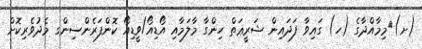
(ށ)	މިމާއްދާގެ (ހ) ގައިވާ ފަދައިން ޝަރީޢަތް ހިންގާ މާލަމާއި އޯޑިއޯ/ވީޑިއޯ ކޮންފަރެންސިންގ މެދުވެރިކޮށް